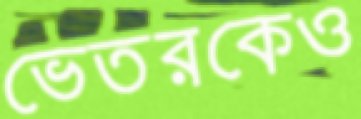
ভেতরকেও